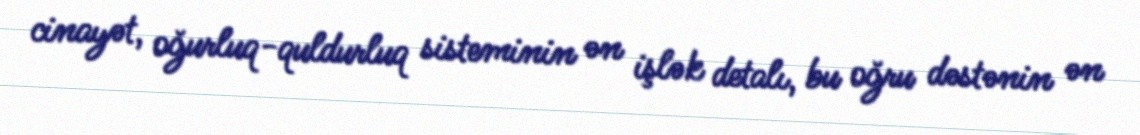
cinayət, oğurluq-quldurluq sisteminin ən işlək detalı, bu oğru dəstənin ən